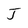
Character: J